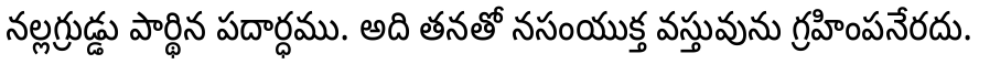
నల్లగ్రుడ్డు పార్థిన పదార్ధము. అది తనతో నసంయుక్త వస్తువును గ్రహింపనేరదు.